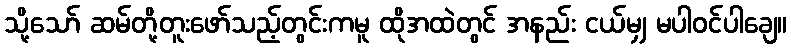
သို့သော် ဆမ်တို့တူးဖော်သည့်တွင်းကမူ ထိုအထဲတွင် အနည်း ငယ်မျှ မပါဝင်ပါချေ။